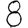
Digit: 8